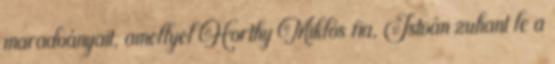
maradványait, amellyel Horthy Miklós fia, István zuhant le a